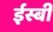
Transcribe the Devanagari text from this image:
ईस्बी